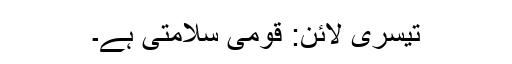
تیسرى لائن: قومى سلامتى ہے۔